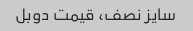
سایز نصف، قیمت دوبل